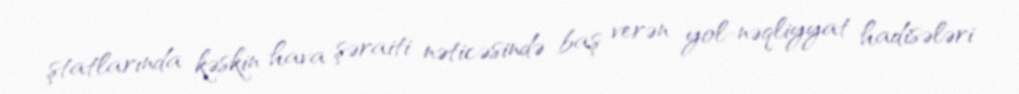
ştatlarında kəskin hava şəraiti nəticəsində baş verən yol-nəqliyyat hadisələri